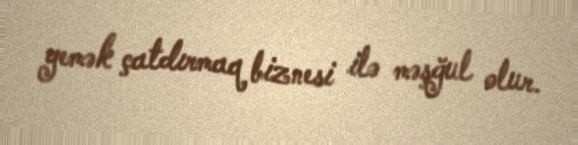
yemək çatdırmaq biznesi ilə məşğul olur.